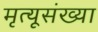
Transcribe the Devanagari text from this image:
मृत्यूसंख्या